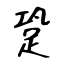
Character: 跫